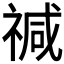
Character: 𮂅